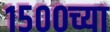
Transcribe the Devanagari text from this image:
१५००च्या